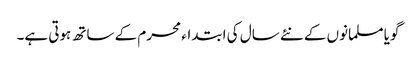
گویا مسلمانوں کے نئے سال کی ابتداء محرم کے ساتھ ہوتی ہے۔